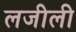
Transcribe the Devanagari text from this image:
लजीली